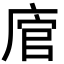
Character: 𢉂